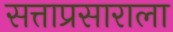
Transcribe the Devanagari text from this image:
सत्ताप्रसाराला